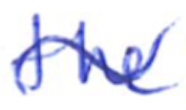
Text: the
Cross-out: wave
Writing tool: ballpoint